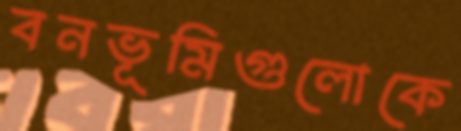
বনভূমিগুলোকে